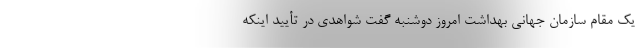
یک مقام سازمان جهانی بهداشت امروز دوشنبه گفت شواهدی در تأیید اینکه